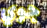
جوي